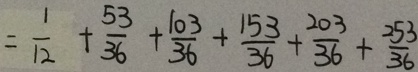
= \frac { 1 } { 1 2 } + \frac { 5 3 } { 3 6 } + \frac { 1 0 3 } { 3 6 } + \frac { 1 5 3 } { 3 6 } + \frac { 2 0 3 } { 3 6 } + \frac { 2 5 3 } { 3 6 }